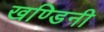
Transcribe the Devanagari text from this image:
खण्डिनी